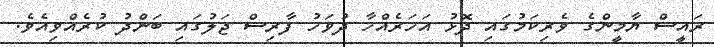
ރައީސް ޔާމީންގެ ވެރިކަމުގައި ދޮޅު އަހަރެއްހާ ދުވަހު ފާރިސް ޖަލުގައި ބަންދު ކުރެއްވިއެވެ.